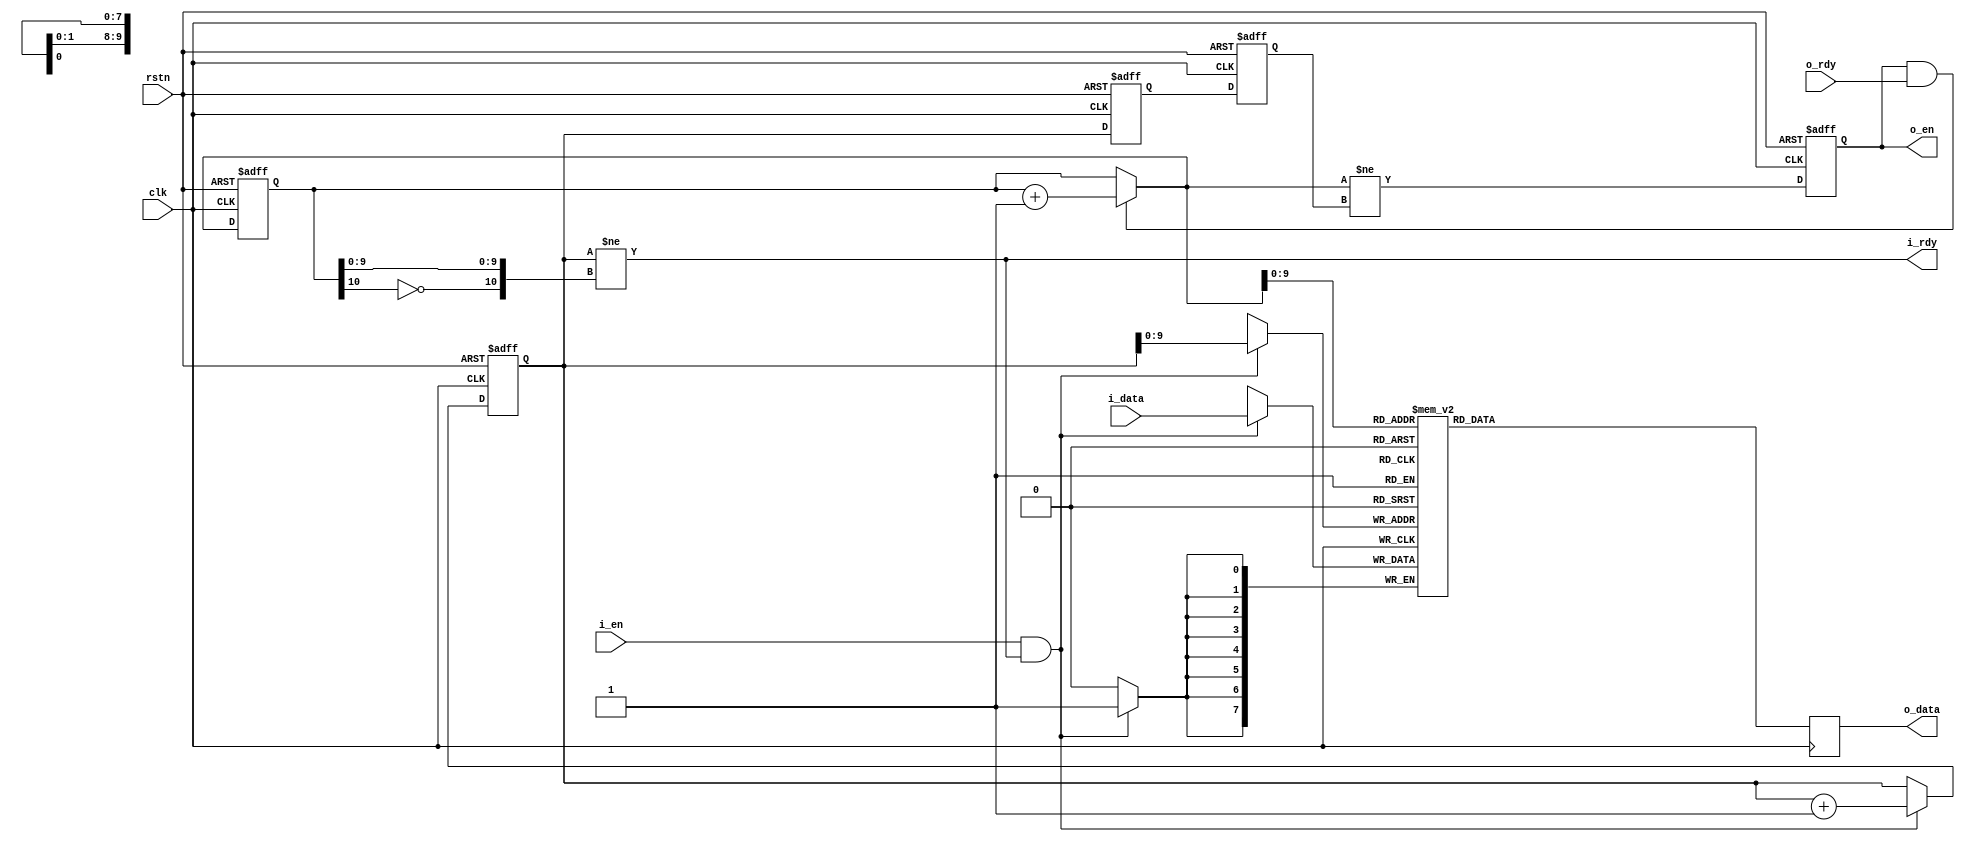

module sync_fifo #(
    parameter            DW = 8   // data width
) (
    input  wire          rstn,
    input  wire          clk,
    // input stream
    output wire          i_rdy,
    input  wire          i_en,
    input  wire [DW-1:0] i_data,
    // output stream
    input  wire          o_rdy,
    output reg           o_en,
    output reg  [DW-1:0] o_data
);


reg  [10:0] wptr    = 11'd0;
reg  [10:0] wptr_d1 = 11'd0;
reg  [10:0] wptr_d2 = 11'd0;
reg  [10:0] rptr    = 11'd0;
wire [10:0] rptr_next = (o_en & o_rdy) ? (rptr+11'd1) : rptr;

reg  [DW-1:0] buffer [1023:0];

assign i_rdy = ( wptr != {~rptr[10], rptr[9:0]} );


always @ (posedge clk or negedge rstn)
    if (~rstn)
        {wptr_d2, wptr_d1} <= 22'd0;
    else
        {wptr_d2, wptr_d1} <= {wptr_d1, wptr};

always @ (posedge clk or negedge rstn)
    if (~rstn) begin
        wptr <= 11'h0;
    end else begin
        if (i_en & i_rdy)
            wptr <= wptr + 11'h1;
    end

always @ (posedge clk)
    if (i_en & i_rdy)
        buffer[wptr[9:0]] <= i_data;


always @ (posedge clk or negedge rstn)
    if (~rstn) begin
        rptr <= 11'h0;
        o_en <= 1'b0;
    end else begin
        rptr <= rptr_next;
        o_en <= (rptr_next != wptr_d2);
    end

always @ (posedge clk)
    o_data <= buffer[rptr_next[9:0]];

endmodule